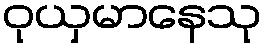
ဝုယှမာနေသု